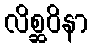
လိစ္ဆဝိနာ